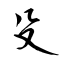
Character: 殳